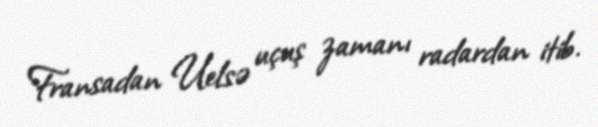
Fransadan Uelsə uçuş zamanı radardan itib.